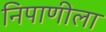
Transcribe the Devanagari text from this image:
निपाणीला